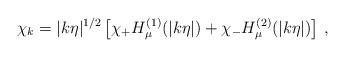
LaTeX: \begin{align*}\chi_k = |k\eta|^{1/2} \left[ \chi_+ H_\mu^{(1)}(|k\eta|) + \chi_- H_\mu^{(2)}(|k\eta|) \right] \, ,\end{align*}